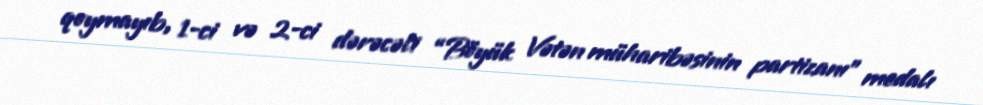
qoymayıb, 1-ci və 2-ci dərəcəli “Böyük Vətən müharibəsinin partizanı” medalı